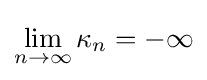
\lim _{n\to \infty }\kappa _{n}=-\infty